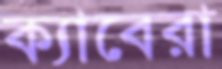
ক্যাবেরা